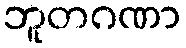
ဘူတဂဏာ